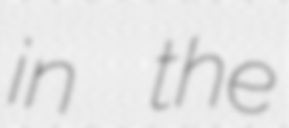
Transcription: in the